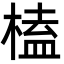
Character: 榼